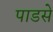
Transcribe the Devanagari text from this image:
पाडसे